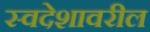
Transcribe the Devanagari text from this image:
स्वदेशावरील